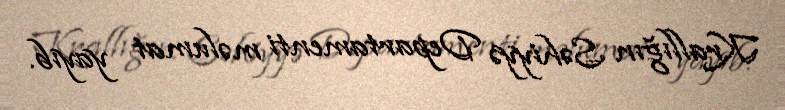
Krallığın Səhiyyə Departamenti məlumat yayıb.